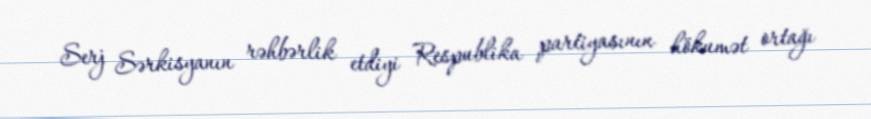
Serj Sərkisyanın rəhbərlik etdiyi Respublika partiyasının hökumət ortağı